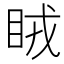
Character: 𥅯